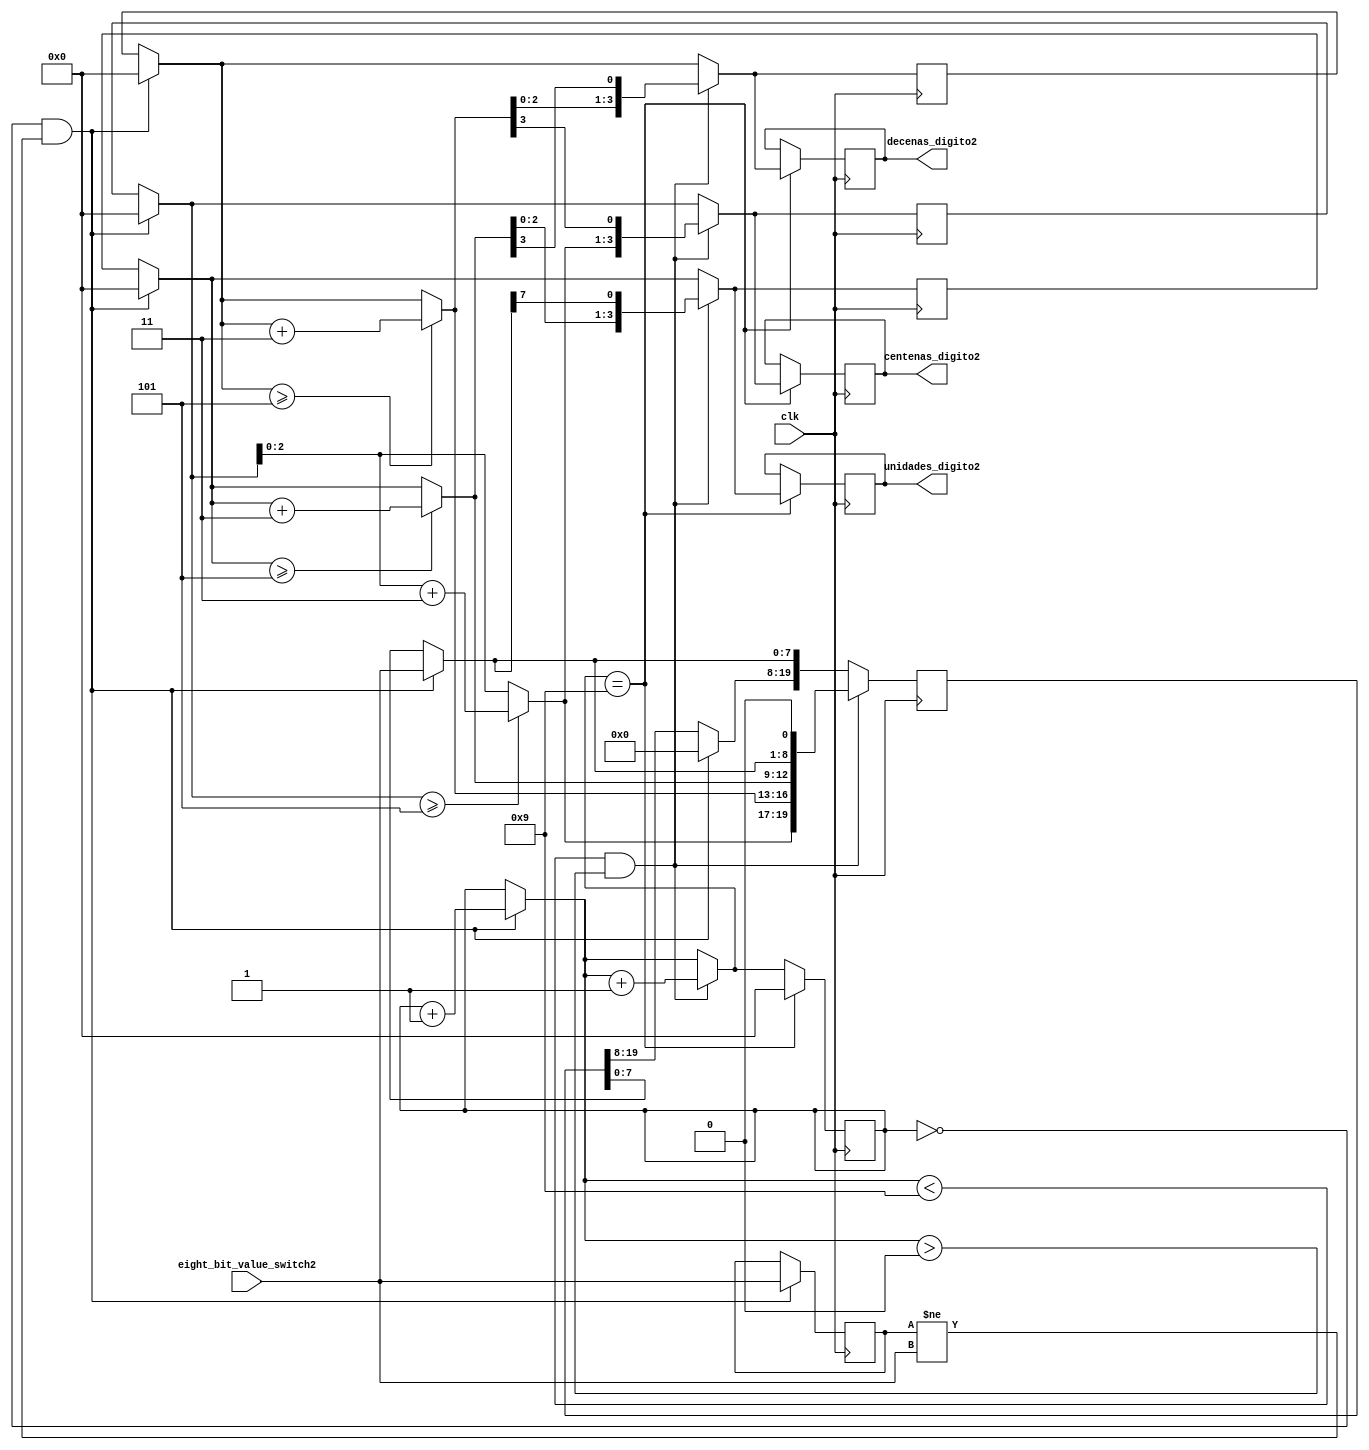
`timescale 1ns / 1ps
  
module decodificador_digito2(
input clk,
input[7:0] eight_bit_value_switch2,
output reg [3:0] unidades_digito2= 0,
output reg [3:0] decenas_digito2= 0,
output reg [3:0] centenas_digito2= 0
);

reg [3:0] j=0;
reg [19:0] shift_register2= 0;
reg [3:0] unidades_temporales2=0;
reg [3:0] decenas_temporales2=0;
reg [3:0] centenas_temporales2=0;
reg [7:0] store_eight_bit_value2=0;
reg [7:0] Digito_decimal2=0;

always@ (posedge clk)
begin
    // para inicializar el algoritmo para switch1
    if(j==0 & (store_eight_bit_value2!= eight_bit_value_switch2))
        begin
            shift_register2= 20'd0;//se inicia el shift_register a 0
            store_eight_bit_value2= eight_bit_value_switch2;//se asigna el valor del numero en una variable temporal
            shift_register2[7:0]= eight_bit_value_switch2;// se almacenan los ltimos 8 bits
            centenas_temporales2= shift_register2[19:16];//se toman los primeros 4 bits que hacen ref a 100s(3 digitos)
            decenas_temporales2= shift_register2[15:12];//se toman los siguientes 4 bits que hacen ref a 10s(2 digitos)
            unidades_temporales2= shift_register2[11:8];//se toman los 4 bits sobrantes que hacen ref a 1s(1 digitos)
            j=j+1;
        end        
    if (j<9 & j>0)
        begin
            //segun el algoritmo si alguna unidad es >=5 al inicio de la iteracion en su valor actual almacenado, se suma +3
            if (centenas_temporales2>=5)
                centenas_temporales2= centenas_temporales2+3;
            if (decenas_temporales2>=5)
                decenas_temporales2= decenas_temporales2+3;
            if (unidades_temporales2>=5)
                unidades_temporales2= unidades_temporales2+3;
            shift_register2 [19:8]={centenas_temporales2,decenas_temporales2,unidades_temporales2};
            //se mueve 1 bit a la izquierda
            shift_register2= shift_register2<<1;
            centenas_temporales2= shift_register2[19:16];//se va actualizando los valores almacenados de centenas
            decenas_temporales2= shift_register2[15:12];//se va actualizando los valores almacenados de decenas
            unidades_temporales2= shift_register2[11:8];//se va actualizando los valores almacenados de unidades
            j=j+1;//se repite hasta que i=9 segun el algoritmo
        end
     if (j==9)//se termina el algoritmo
        begin
            j=0;
            centenas_digito2= centenas_temporales2;// se asignan finalmente el digito correspondiente a centenas
            decenas_digito2= decenas_temporales2;//se asignan finalmente el digito correspondiente a decenas
            unidades_digito2= unidades_temporales2;//se asignan finalmente el digito correspondiente a unidades
        
            Digito_decimal2[7:0]= {centenas_digito2,decenas_digito2,unidades_digito2};
        end
Digito_decimal2[7:0]= {centenas_digito2,decenas_digito2,unidades_digito2};
end

endmodule